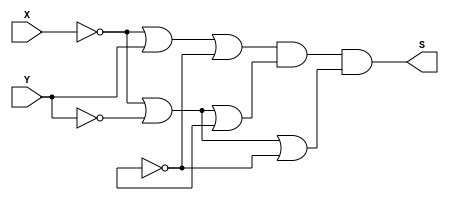
module PoS (output S, input  X, Y);        // MAXTERMOS
//         M 5     6 7
assign S = (~X| Y|~Z)  & (~X|~Y| Z) & (~X|~Y|~Z);
endmodule